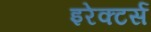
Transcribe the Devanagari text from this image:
इरेक्टर्स